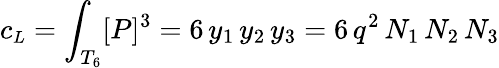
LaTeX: c_{\small L}=\int_{T_{6}}[P]^{3}=6\, y_{1}\, y_{2}\, y_{3}=6\, q^{2}\, N_{1}\, N_{2}\, N_{3}